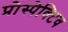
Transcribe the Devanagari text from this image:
प्रोस्पेक्टिव